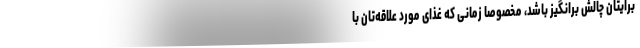
برایتان چالش برانگیز باشد، مخصوصا زمانی که غذای مورد علاقه‌تان با